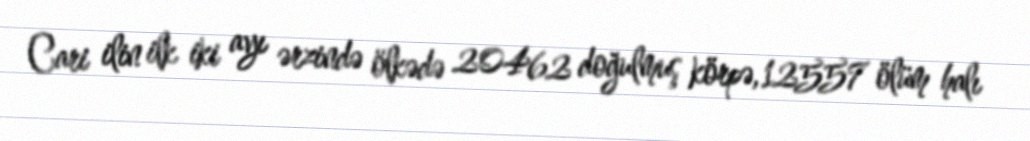
Cari ilin ilk iki ayı ərzində ölkədə 20462 doğulmuş körpə, 12557 ölüm halı